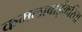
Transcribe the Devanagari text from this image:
कमलाबाईंकरिता